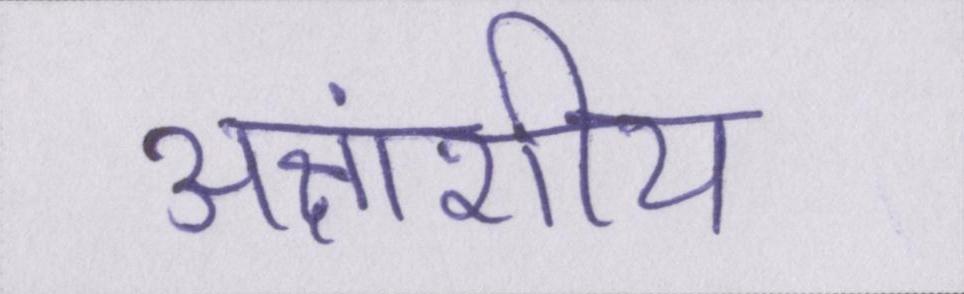
अक्षांशीय